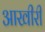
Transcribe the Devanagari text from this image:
आखीरी